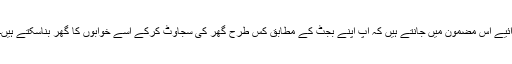
آئیے اس مضمون میں جانتے ہیں کہ آپ اپنے بجٹ کے مطابق کس طرح گھر کی سجاوٹ کرکے اسے خوابوں کا گھر بناسکتے ہیں۔